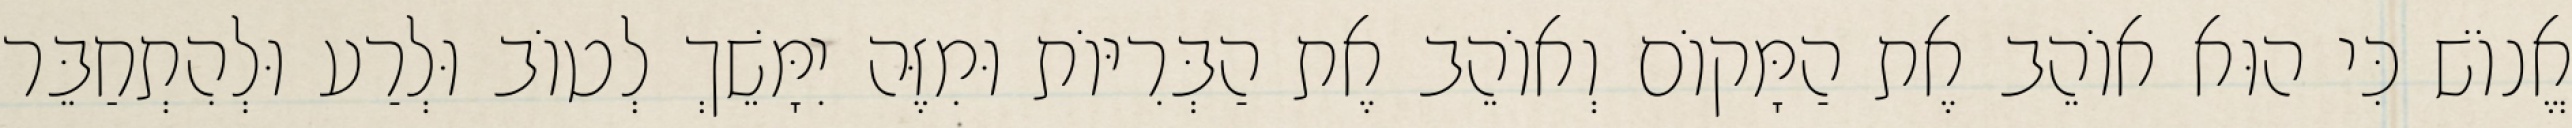
אֱנוֹשׁ כִּי הוּא אוֹהֵב אֶת הַמָּקוֹם וְאוֹהֵב אֶת הַבְּרִיּוֹת וּמִזֶּה יִמָּשֵׁךְ לְטוֹב וּלְרַע וּלְהִתְחַבֵּר